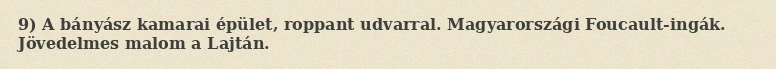
9) A bányász kamarai épület, roppant udvarral. Magyarországi Foucault-ingák. Jövedelmes malom a Lajtán.